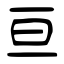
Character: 亘